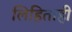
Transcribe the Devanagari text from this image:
लिहिताही